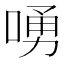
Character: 㗈